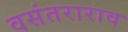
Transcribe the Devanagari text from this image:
वसंतराराव